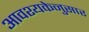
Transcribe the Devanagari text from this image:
आवश्यकेनुसार